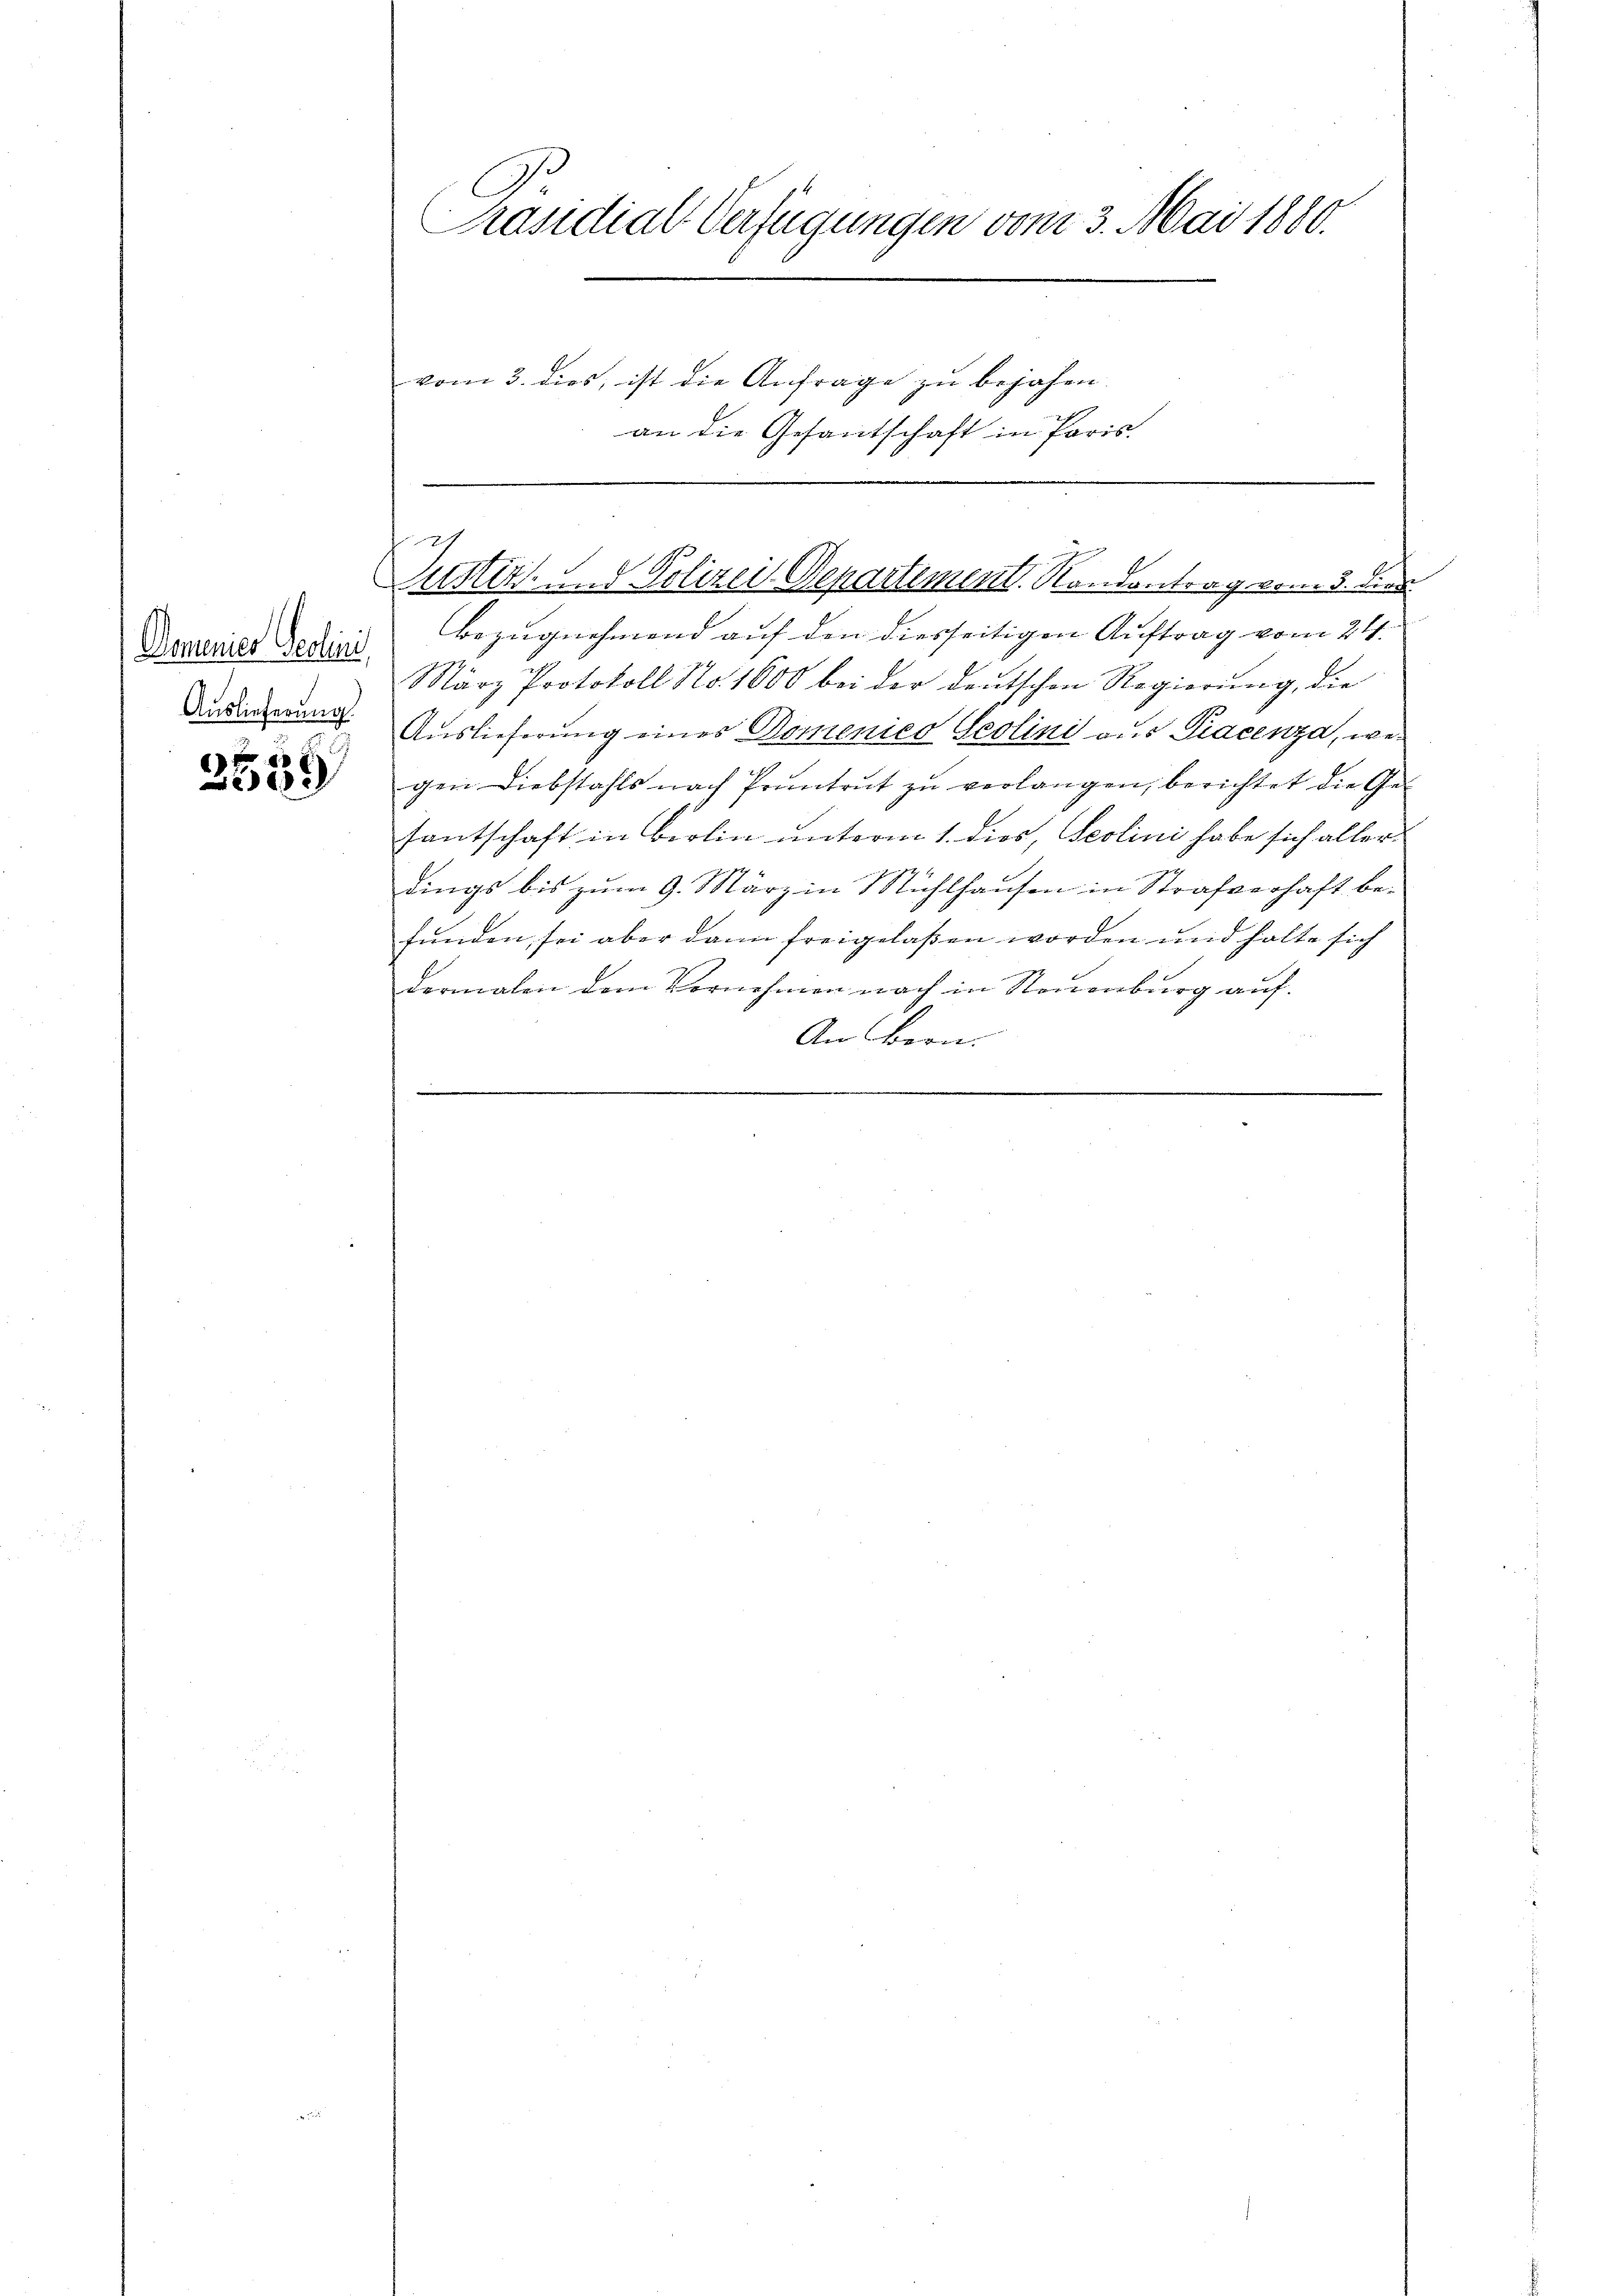
Domenier Seclini,
Auslieferung.

e

Präsidial-Verfügungen vom 3. Mai 1880.

vom 3. dies, ist die Anfrage zu bejahen,
an die Gesandschaft in Paris.

2
Justiz- und Polizei Departement. Randantrag vom 3. Dien

Bezugnahmend auf den diesseitigen Auftrag vom 24.
März Protokoll No. 1600 bei der deutschen Regierung, die
Auslieferung eines Domenico Geolini aus Piacenza, we
gen Diebstahls nach Pruntrut zu verlangen, berichtet die Ge¬
Eantschaft in Brolin unterm 1. dies, Seolini habe sich allerdings bis zum 9. März in Mühlhausen in Strafverhaft befunden, sei aber dann freigelaßen worden und holte sich
dermalen dem Vornehmen noch in Neuenburg auf
An Bern.
.